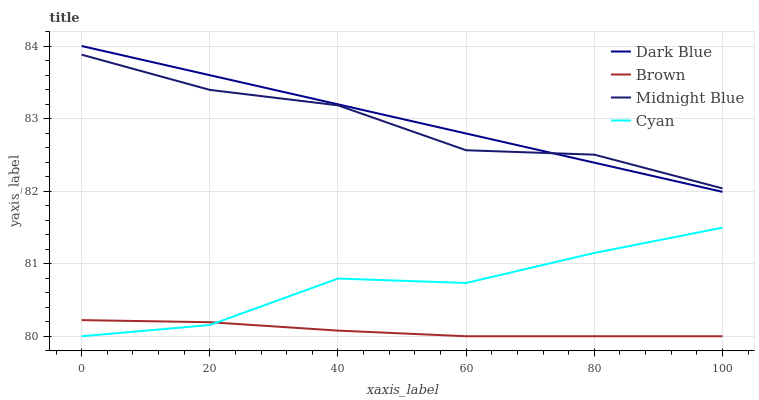
| xaxis_label | Dark Blue | Brown | Midnight Blue | Cyan |
 | --- | --- | --- | --- | --- |
 | 0 | 84 | 80.2 | 83.9 | 80 |
 | 20 | 83.6 | 80.2 | 83.4 | 80.2 |
 | 40 | 83.2 | 80.1 | 83.2 | 80.8 |
 | 60 | 82.8 | 80 | 82.6 | 80.7 |
 | 80 | 82.4 | 80 | 82.5 | 81.1 |
 | 100 | 82 | 80 | 82 | 81.5 |